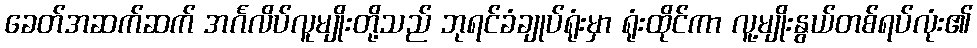
ခေတ်အဆက်ဆက် အင်္ဂလိပ်လူမျိုးတို့သည် ဘုရင်ခံချုပ်ရုံးမှာ ရုံးထိုင်ကာ လူ့မျိုးနွယ်တစ်ရပ်လုံး၏